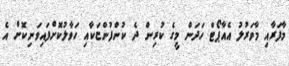
މާފަރާއި މާވަރުލު އެއާޕޯޓް ހަދަން މީގެ ކުރިން ދެ ކުންފުންޏަކާއި ހަވާލުކޮށްފައިވަނިކޮށް އެ